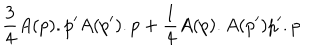
LaTeX: \frac { 3 } { 4 } A ( p ) . p ^ { \prime } A ( p ^ { \prime } ) . p + \frac { 1 } { 4 } A ( p ) . A ( p ^ { \prime } ) p ^ { \prime } . p